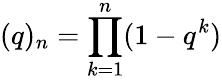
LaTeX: (q)_{n}=\prod_{k=1}^{n}(1-q^{k})